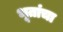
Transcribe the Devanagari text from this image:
भूतांचा